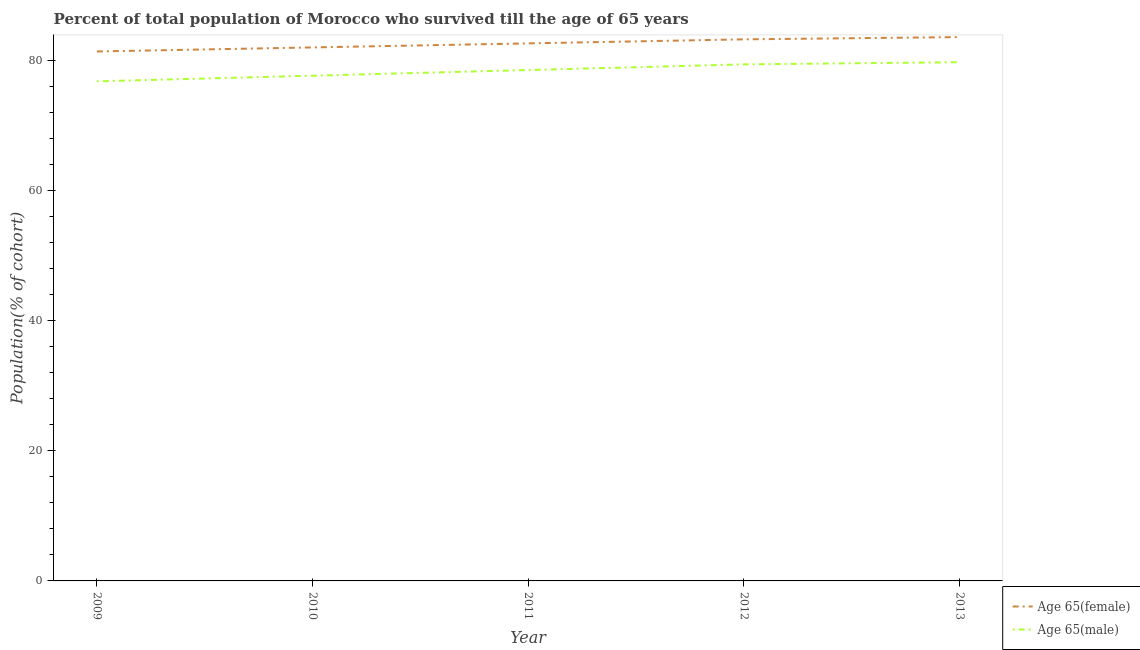
| Year | Age 65(female) | Age 65(male) |
 | --- | --- | --- |
 | 2009 | 81.4 | 76.8 |
 | 2010 | 82 | 77.6 |
 | 2011 | 82.6 | 78.5 |
 | 2012 | 83.2 | 79.4 |
 | 2013 | 83.6 | 79.7 |